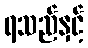
ရသည်နှင့်